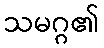
သမဂ္ဂ၏